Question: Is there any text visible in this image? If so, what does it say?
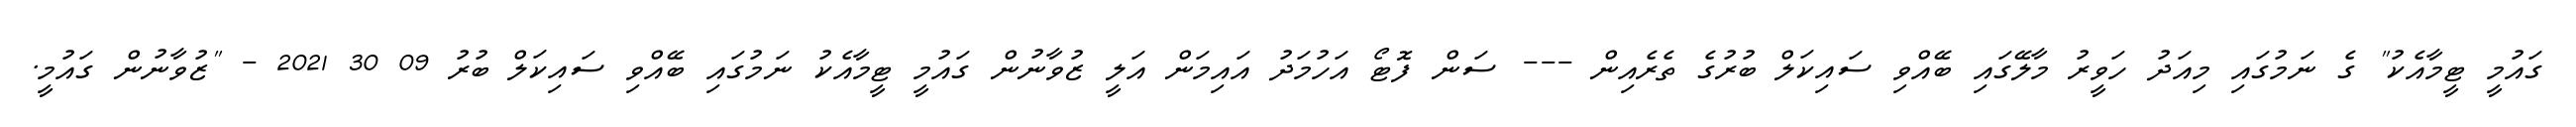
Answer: ގައުމީ ޓީމާއެކު" ގެ ނަމުގައި މިއަދު ހަވީރު މާލޭގައި ބޭއްވި ސައިކަލް ބުރުގެ ތެރެއިން --- ސަން ފޮޓޯ އަހުމަދު އައިމަން އަލީ ޒުވާނުން ގައުމީ ޓީމާއެކު ނަމުގައި ބޭއްވި ސައިކަލް ބުރު 09 30 2021 - "ޒުވާނުން ގައުމީ.